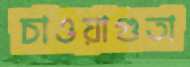
চাওয়াগুতা